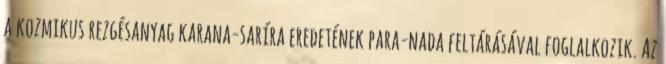
a kozmikus rezgésanyag karana-saríra eredetének para-nada feltárásával foglalkozik. Az